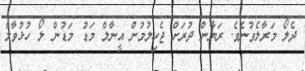
ދެލޯ މަރާލެވުނެވެ. ރަޔާން ދުރަށް ޖެހިލުމުން އީނާލް މަޑު މަޑުން ލޯ ހުޅުވާލާ